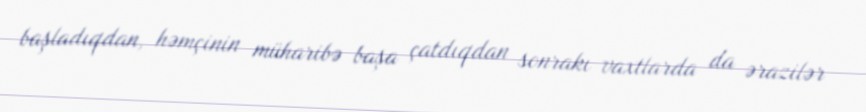
başladıqdan, həmçinin müharibə başa çatdıqdan sonrakı vaxtlarda da ərazilər